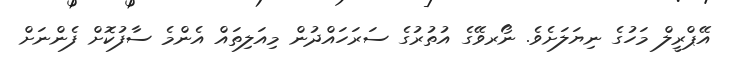
އޭޕްރީލް މަހުގެ ނިޔަލަށެވެ. ނޯރވޭގެ އުތުރުގެ ސަރަހައްދުން މިއަލިތައް އެންމެ ސާފުކޮށް ފެންނަށް